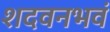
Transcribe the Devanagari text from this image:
शदवनभवं